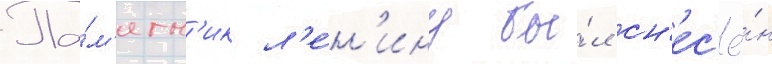
Па́м'ятн'ик л'е́н'ину бы́л сн'ес'ё́н